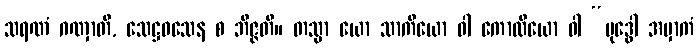
သရဏံ ဂဏှာတိ, သေဋ္ဌဝသေန စ ဘိဇ္ဇတိ။ တသ္မာ ယော သာကိယော ဝါ ကောလိယော ဝါ “ဗုဒ္ဓေါ အမှာကံ